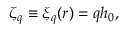
\zeta _ { q } \equiv \xi _ { q } ( r ) = q h _ { 0 } ,